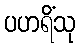
ပဟရိံသု